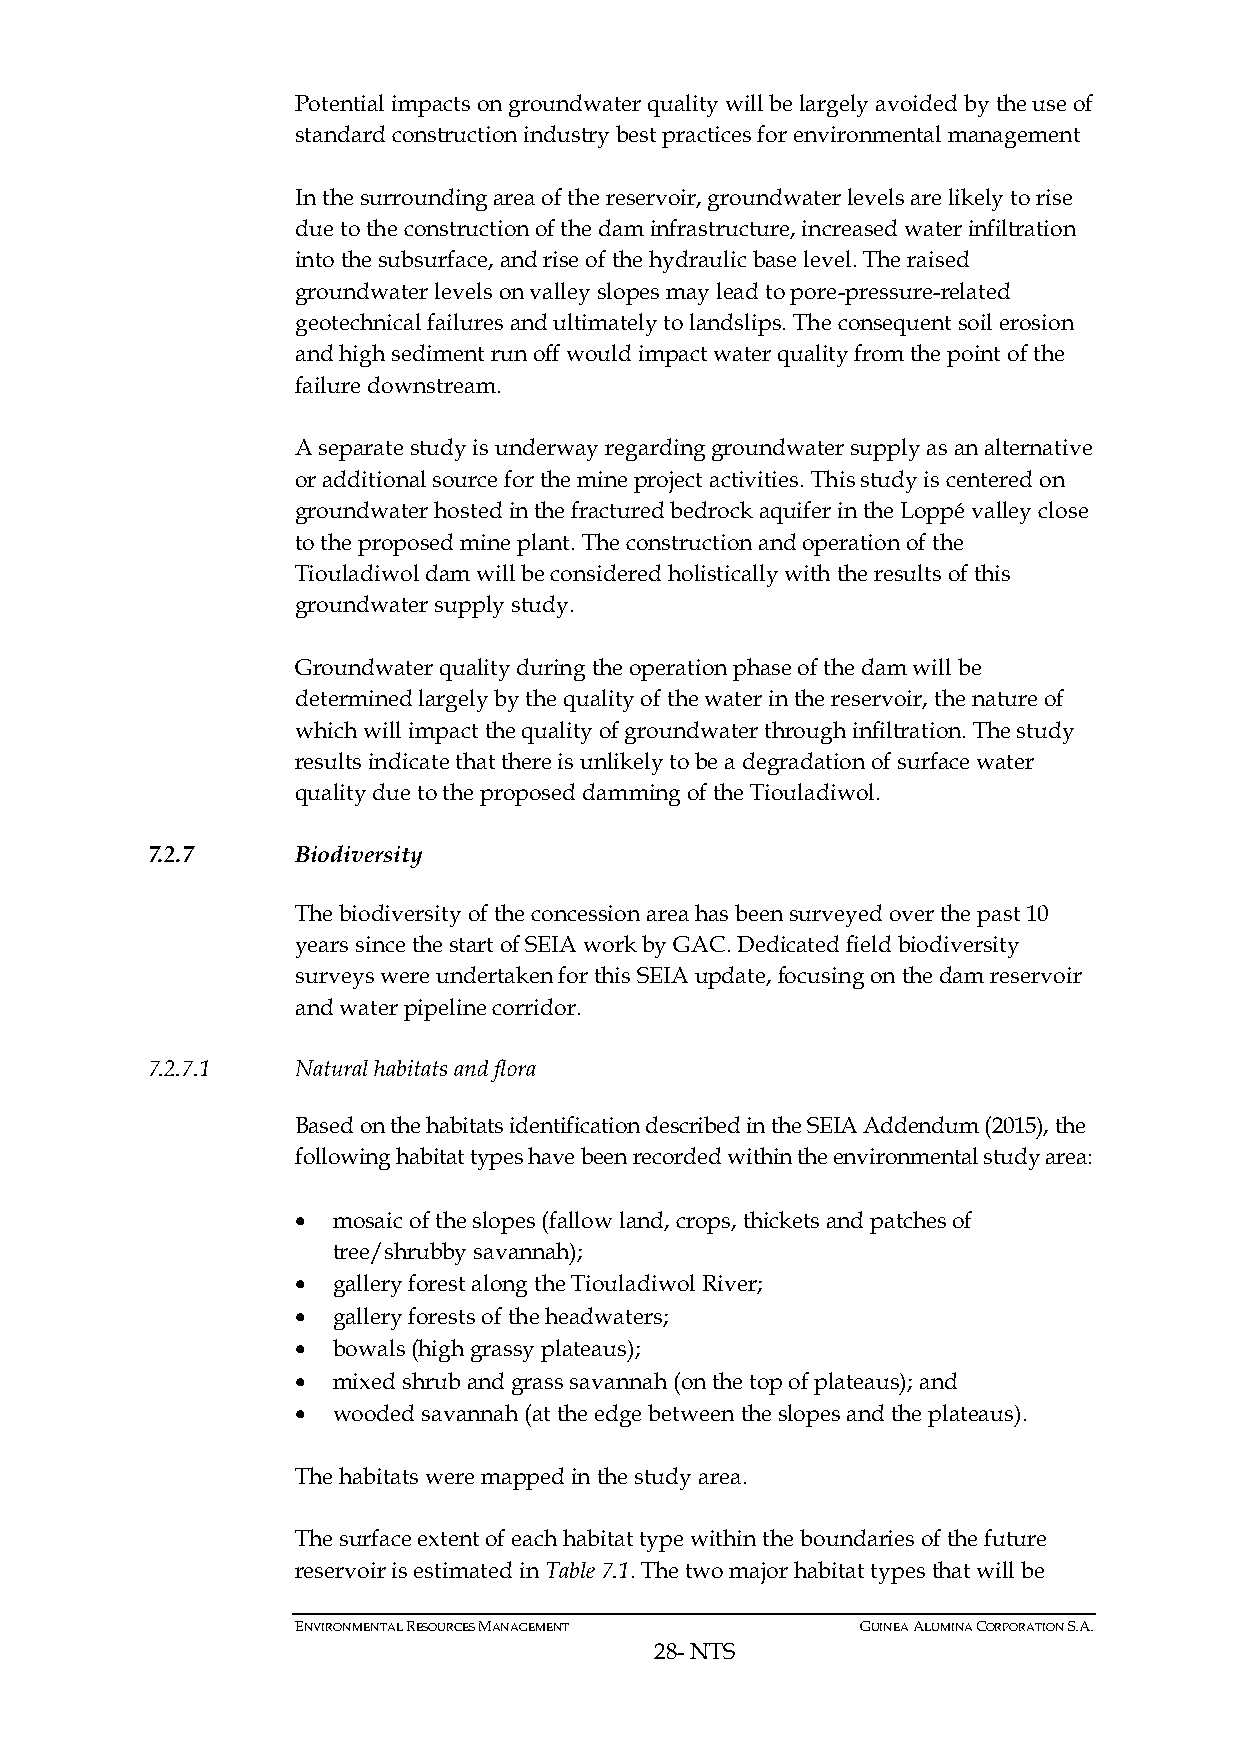
Potential impacts on groundwater quality will be largely avoided by the use of
 standard construction industry best practices for environmental management
 In the surrounding area of the reservoir, groundwater levels are likely to rise
 due to the construction of the dam infrastructure, increased water infiltration
 into the subsurface, and rise of the hydraulic base level. The raised
 groundwater levels on valley slopes may lead to pore-pressure-related
 geotechnical failures and ultimately to landslips. The consequent soil erosion
 and high sediment run off would impact water quality from the point of the
 failure downstream.
 A separate study is underway regarding groundwater supply as an alternative
 or additional source for the mine project activities. This study is centered on
 groundwater hosted in the fractured bedrock aquifer in the Loppé valley close
 to the proposed mine plant. The construction and operation of the
 Tiouladiwol dam will be considered holistically with the results of this
 groundwater supply study.
 Groundwater quality during the operation phase of the dam will be
 determined largely by the quality of the water in the reservoir, the nature of
 which will impact the quality of groundwater through infiltration. The study
 results indicate that there is unlikely to be a degradation of surface water
 quality due to the proposed damming of the Tiouladiwol.
 7.2.7     Biodiversity
 The biodiversity of the concession area has been surveyed over the past 10
 years since the start of SEIA work by GAC. Dedicated field biodiversity
 surveys were undertaken for this SEIA update, focusing on the dam reservoir
 and water pipeline corridor.
 7.2.7.1   Natural habitats and flora
 Based on the habitats identification described in the SEIA Addendum (2015), the
 following habitat types have been recorded within the environmental study area:
 • mosaic of the slopes (fallow land, crops, thickets and patches of
 tree/shrubby savannah);
 • gallery forest along the Tiouladiwol River;
 • gallery forests of the headwaters;
 • bowals (high grassy plateaus);
 • mixed shrub and grass savannah (on the top of plateaus); and
 • wooded savannah (at the edge between the slopes and the plateaus).
 The habitats were mapped in the study area.
 The surface extent of each habitat type within the boundaries of the future
 reservoir is estimated in Table 7.1. The two major habitat types that will be
 ENVIRONMENTAL RESOURCES MANAGEMENT   GUINEA ALUMINA CORPORATION S.A.
 28- NTS